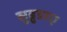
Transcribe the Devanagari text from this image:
सुब्नुडाए